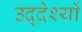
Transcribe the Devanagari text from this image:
उद्‌देश्यों